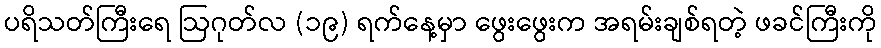
ပရိသတ်ကြီးရေ ဩဂုတ်လ (၁၉) ရက်နေ့မှာ ဖွေးဖွေးက အရမ်းချစ်ရတဲ့ ဖခင်ကြီးကို